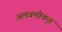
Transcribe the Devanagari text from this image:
अलवणीकृत